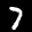
Label: 7